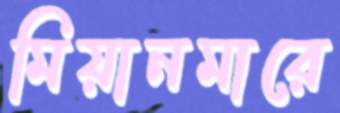
মিয়ানমারে